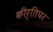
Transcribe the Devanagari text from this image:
कीर्तिघर